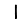
Digit: 1